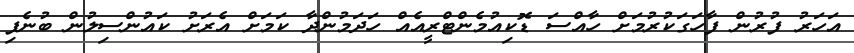
އަހަރު ފުރުން ފާހަގަކުރުމަށް ހާއްސަ ޑޮކިއުމެންޓްރީއެއް ހަދަމުންދާ ކަމަށް އެރަށު ކައުންސިލުން ބުނެފި